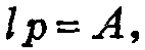
\(l p = A,\)